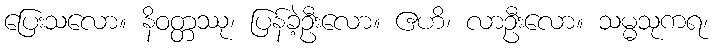
ပြေးသလော။ နိဝတ္တဿု၊ ပြန်ခဲ့ဦးလော။ ဧဟိ၊ လာဦးလော။ သမ္မသုကရ၊